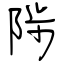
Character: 陟